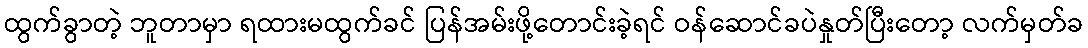
ထွက်ခွာတဲ့ ဘူတာမှာ ရထားမထွက်ခင် ပြန်အမ်းဖို့တောင်းခဲ့ရင် ဝန်ဆောင်ခပဲနှုတ်ပြီးတော့ လက်မှတ်ခ